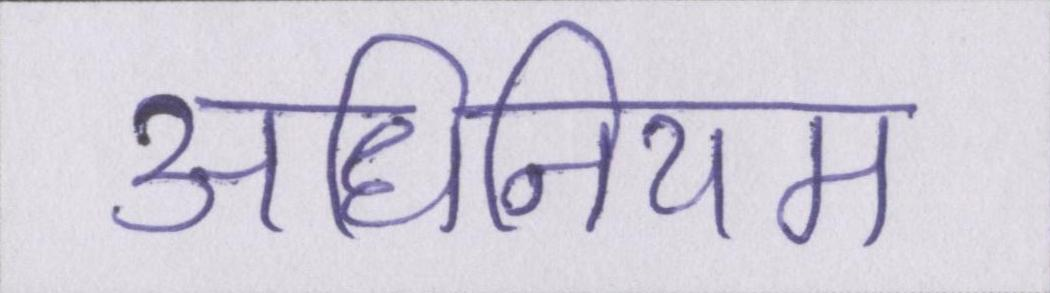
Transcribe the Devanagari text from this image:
अधिनियम